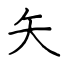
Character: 矢